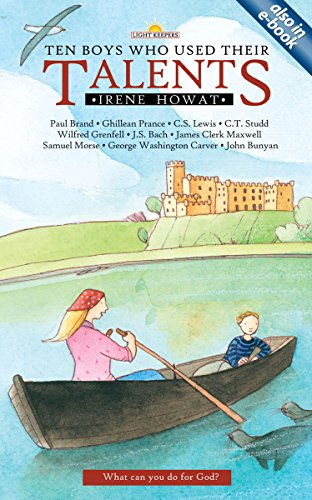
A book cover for Ten Boys Who Used Their Talents (Lightkeepers); Irene Howat; Children's Books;